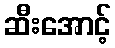
ဆီးအောင့်